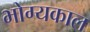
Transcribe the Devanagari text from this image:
भोग्यकाल